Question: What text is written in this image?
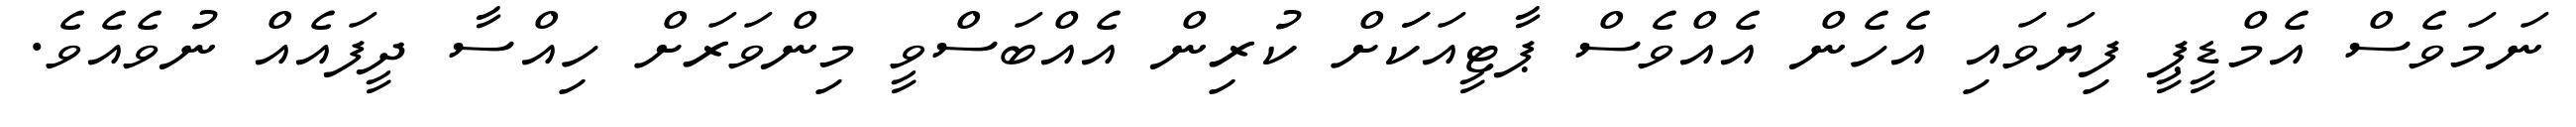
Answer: ނަމަވެސް އެމްޑީޕީ ފިޔަވައި އެހެން އެއްވެސް ޕާޓީއަކަަށް ކުރިން އެއްބަސްވީ މިންވަރަށް ހިއްސާ ދީފައެއް ނުވެއެވެ.